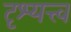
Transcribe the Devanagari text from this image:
दृश्‍यत्त्व